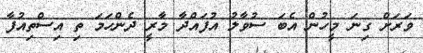
ވަރަށް ގިނަ މީހުން އެބަ ސުވާލު އުފައްދާ މާރީ ދެންހަމަ ތި އިސްތިއުފާ